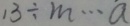
1 3 \div m \cdots a